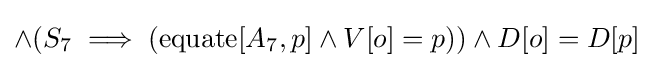
\land (S_{7}\implies (\operatorname {equate} [A_{7},p]\land V[o]=p))\land D[o]=D[p]